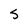
Character: S